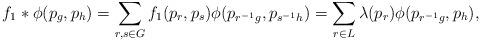
LaTeX: \begin{align*}f_1 \ast \phi (p_g, p_h )= \sum_{r,s\in G} f_1 (p_r ,p_s )\phi (p_{r^{-1}g}, p_{s^{-1}h}) =\sum_{r\in L} \lambda ({p_r}) \phi (p_{r^{-1}g}, p_h ) ,\end{align*}